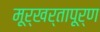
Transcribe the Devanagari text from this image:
मूर्खर्तापूर्ण